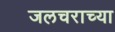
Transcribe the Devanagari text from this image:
जलचराच्या